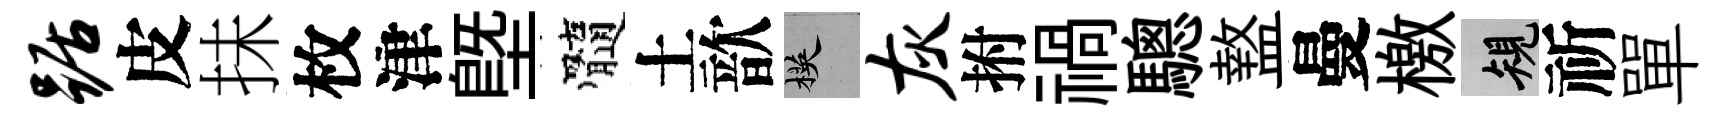
踞皮抺枚津塈髓土歆楧灰拊禍驄盩曼檄規祈單